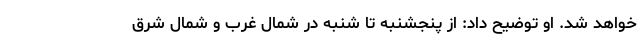
خواهد شد. او توضیح داد: از پنجشنبه تا شنبه در شمال غرب و شمال شرق